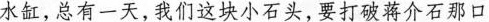
水缸，总有一天，我们这块小石头，要打破蒋介石那口